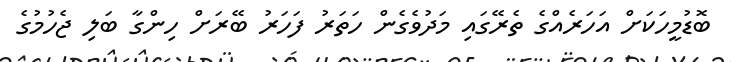
ބޮޑުމީހަކަށް އަހަރެއްގެ ތެރޭގައި މަދުވެގެން ހަތަރު ފަހަރު ބޭރަށް ހިންގާ ބަލި ޖެހުމުގެ